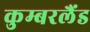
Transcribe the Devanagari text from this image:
कुम्बरलैंड